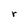
Character: r